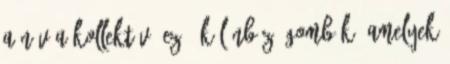
a név a kollektív. Ez - különböző gombák, amelyek